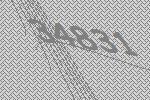
34831